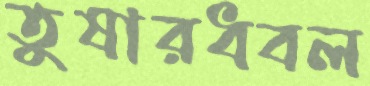
তুষারধবল